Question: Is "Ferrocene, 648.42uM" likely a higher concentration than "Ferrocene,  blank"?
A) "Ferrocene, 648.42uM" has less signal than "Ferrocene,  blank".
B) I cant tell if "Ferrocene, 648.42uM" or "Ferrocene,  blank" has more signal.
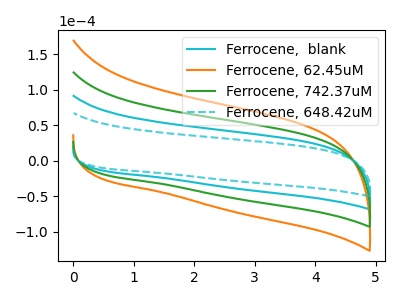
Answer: <think>The cyan curve "Ferrocene,  blank" has no peaks. The orange curve "Ferrocene, 62.45uM" has no peaks. The green curve "Ferrocene, 742.37uM" has no peaks. The cyan dashed curve "Ferrocene, 648.42uM" has no peaks.
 Neither "Ferrocene, 648.42uM" or "Ferrocene,  blank" have any peaks.</think>
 <answer>B) I cant tell if "Ferrocene, 648.42uM" or "Ferrocene,  blank" has more signal.</answer>
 <eval>B</eval>